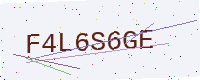
Text: F4L6S6GE